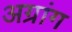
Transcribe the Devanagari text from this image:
अग्रांग